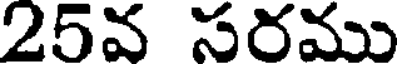
25వ సరము